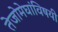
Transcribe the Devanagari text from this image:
तेजोमेघांविषयी